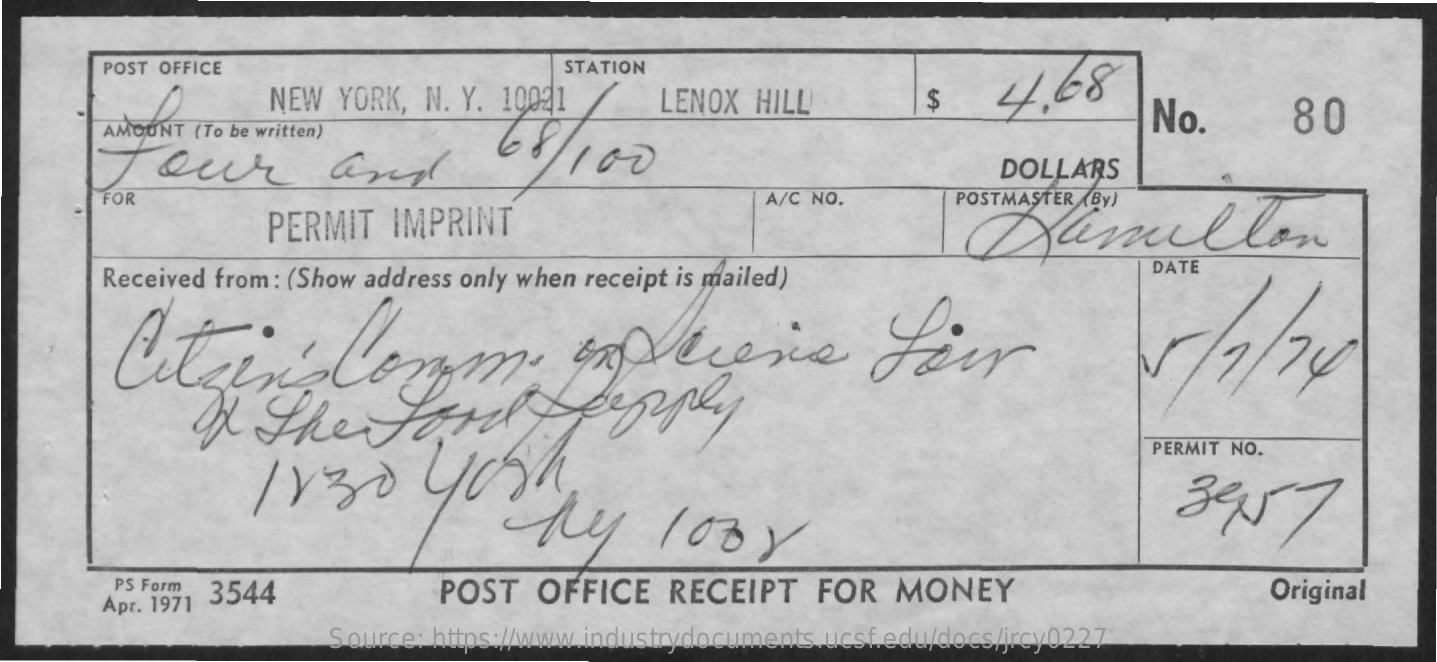
POST OFFICE    STATION
     NEW  YORK, N. Y. 10021    LENOX  HILL    $    4.68
     No.    80
     AMOUNT (To be written)
     Jour    and    DOLLARS
     FOR
     PERMIT   IMPRINT
     A/C NO.    POSTMASTER (By)
     Damillon
     Received from : (Show address only when receipt is mailed)
     DATE
     If  The    Ford    people
     PERMIT NO.
     11    30    yogh    3 957
     PS Form
     Apr. 1971
     3544    POST   OFFICE    RECEIPT    FOR   MONEY    Original
     Source: https://www.industrydocuments.ucsf.edu/docs/jrcy0227